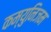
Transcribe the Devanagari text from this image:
कम्युनिजम